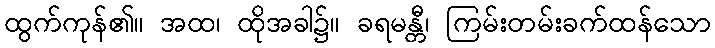
ထွက်ကုန်၏။ အထ၊ ထိုအခါ၌။ ခရမန္တီ၊ ကြမ်းတမ်းခက်ထန်သော